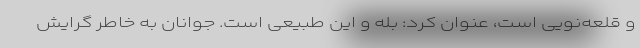
و قلعه‌نویی است، عنوان کرد: بله و این طبیعی است. جوانان به خاطر گرایش